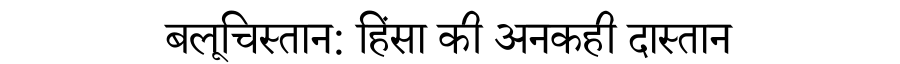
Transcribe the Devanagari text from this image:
बलूचिस्तान: हिंसा की अनकही दास्तान